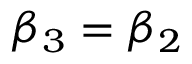
\beta _ { 3 } = \beta _ { 2 }